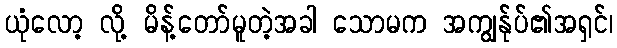
ယုံလော့ လို့ မိန့်တော်မူတဲ့အခါ သောမက အကျွနု်ပ်၏အရှင်၊